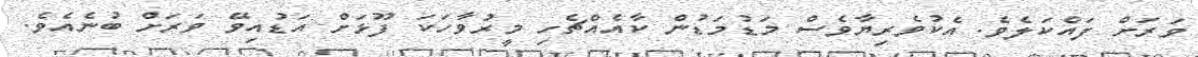
ވަރަށް ފައްކަލެވެ. އެކުވެރިޔާވެސް މަޑުމަޑުން ކާއެއްޗެހި މީރުވާހަކަ ފޫޅަށް އަޑުއިވޭ ވަރަށް ބުނެއެވެ.